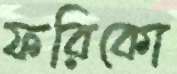
ফরিকো